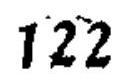
\(122\)